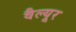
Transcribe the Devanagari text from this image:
वैल्यूर